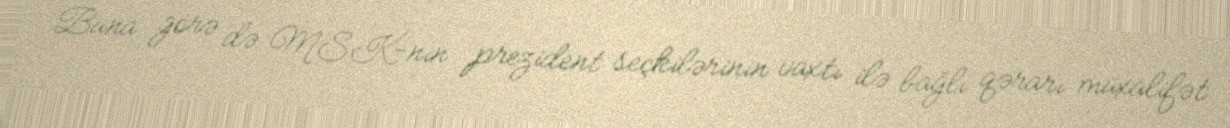
Buna görə də MSK-nın prezident seçkilərinin vaxtı ilə bağlı qərarı müxalifət